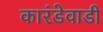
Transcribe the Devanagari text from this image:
कारंडेवाडी